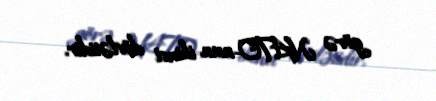
görə NATO-nun ikinci dövlətidir.